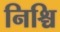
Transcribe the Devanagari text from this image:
निश्चि